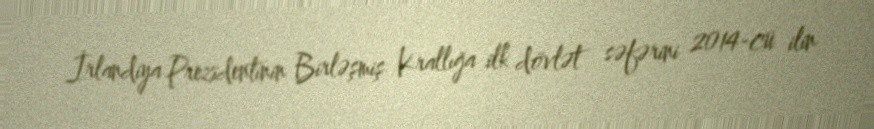
İrlandiya Prezidentinin Birləşmiş Krallığa ilk dövlət səfərini 2014-cü ilin